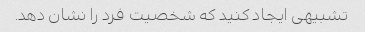
تشبیهی ایجاد کنید که شخصیت فرد را نشان دهد.